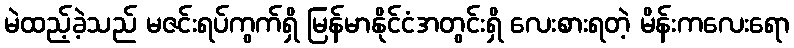
မဲထည့်ခဲ့သည် မဇင်းရပ်ကွက်ရှိ မြန်မာနိုင်ငံအတွင်းရှိ လေးစားရတဲ့ မိန်းကလေးရော